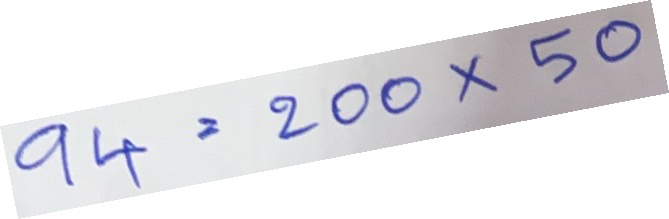
94 = 200x50